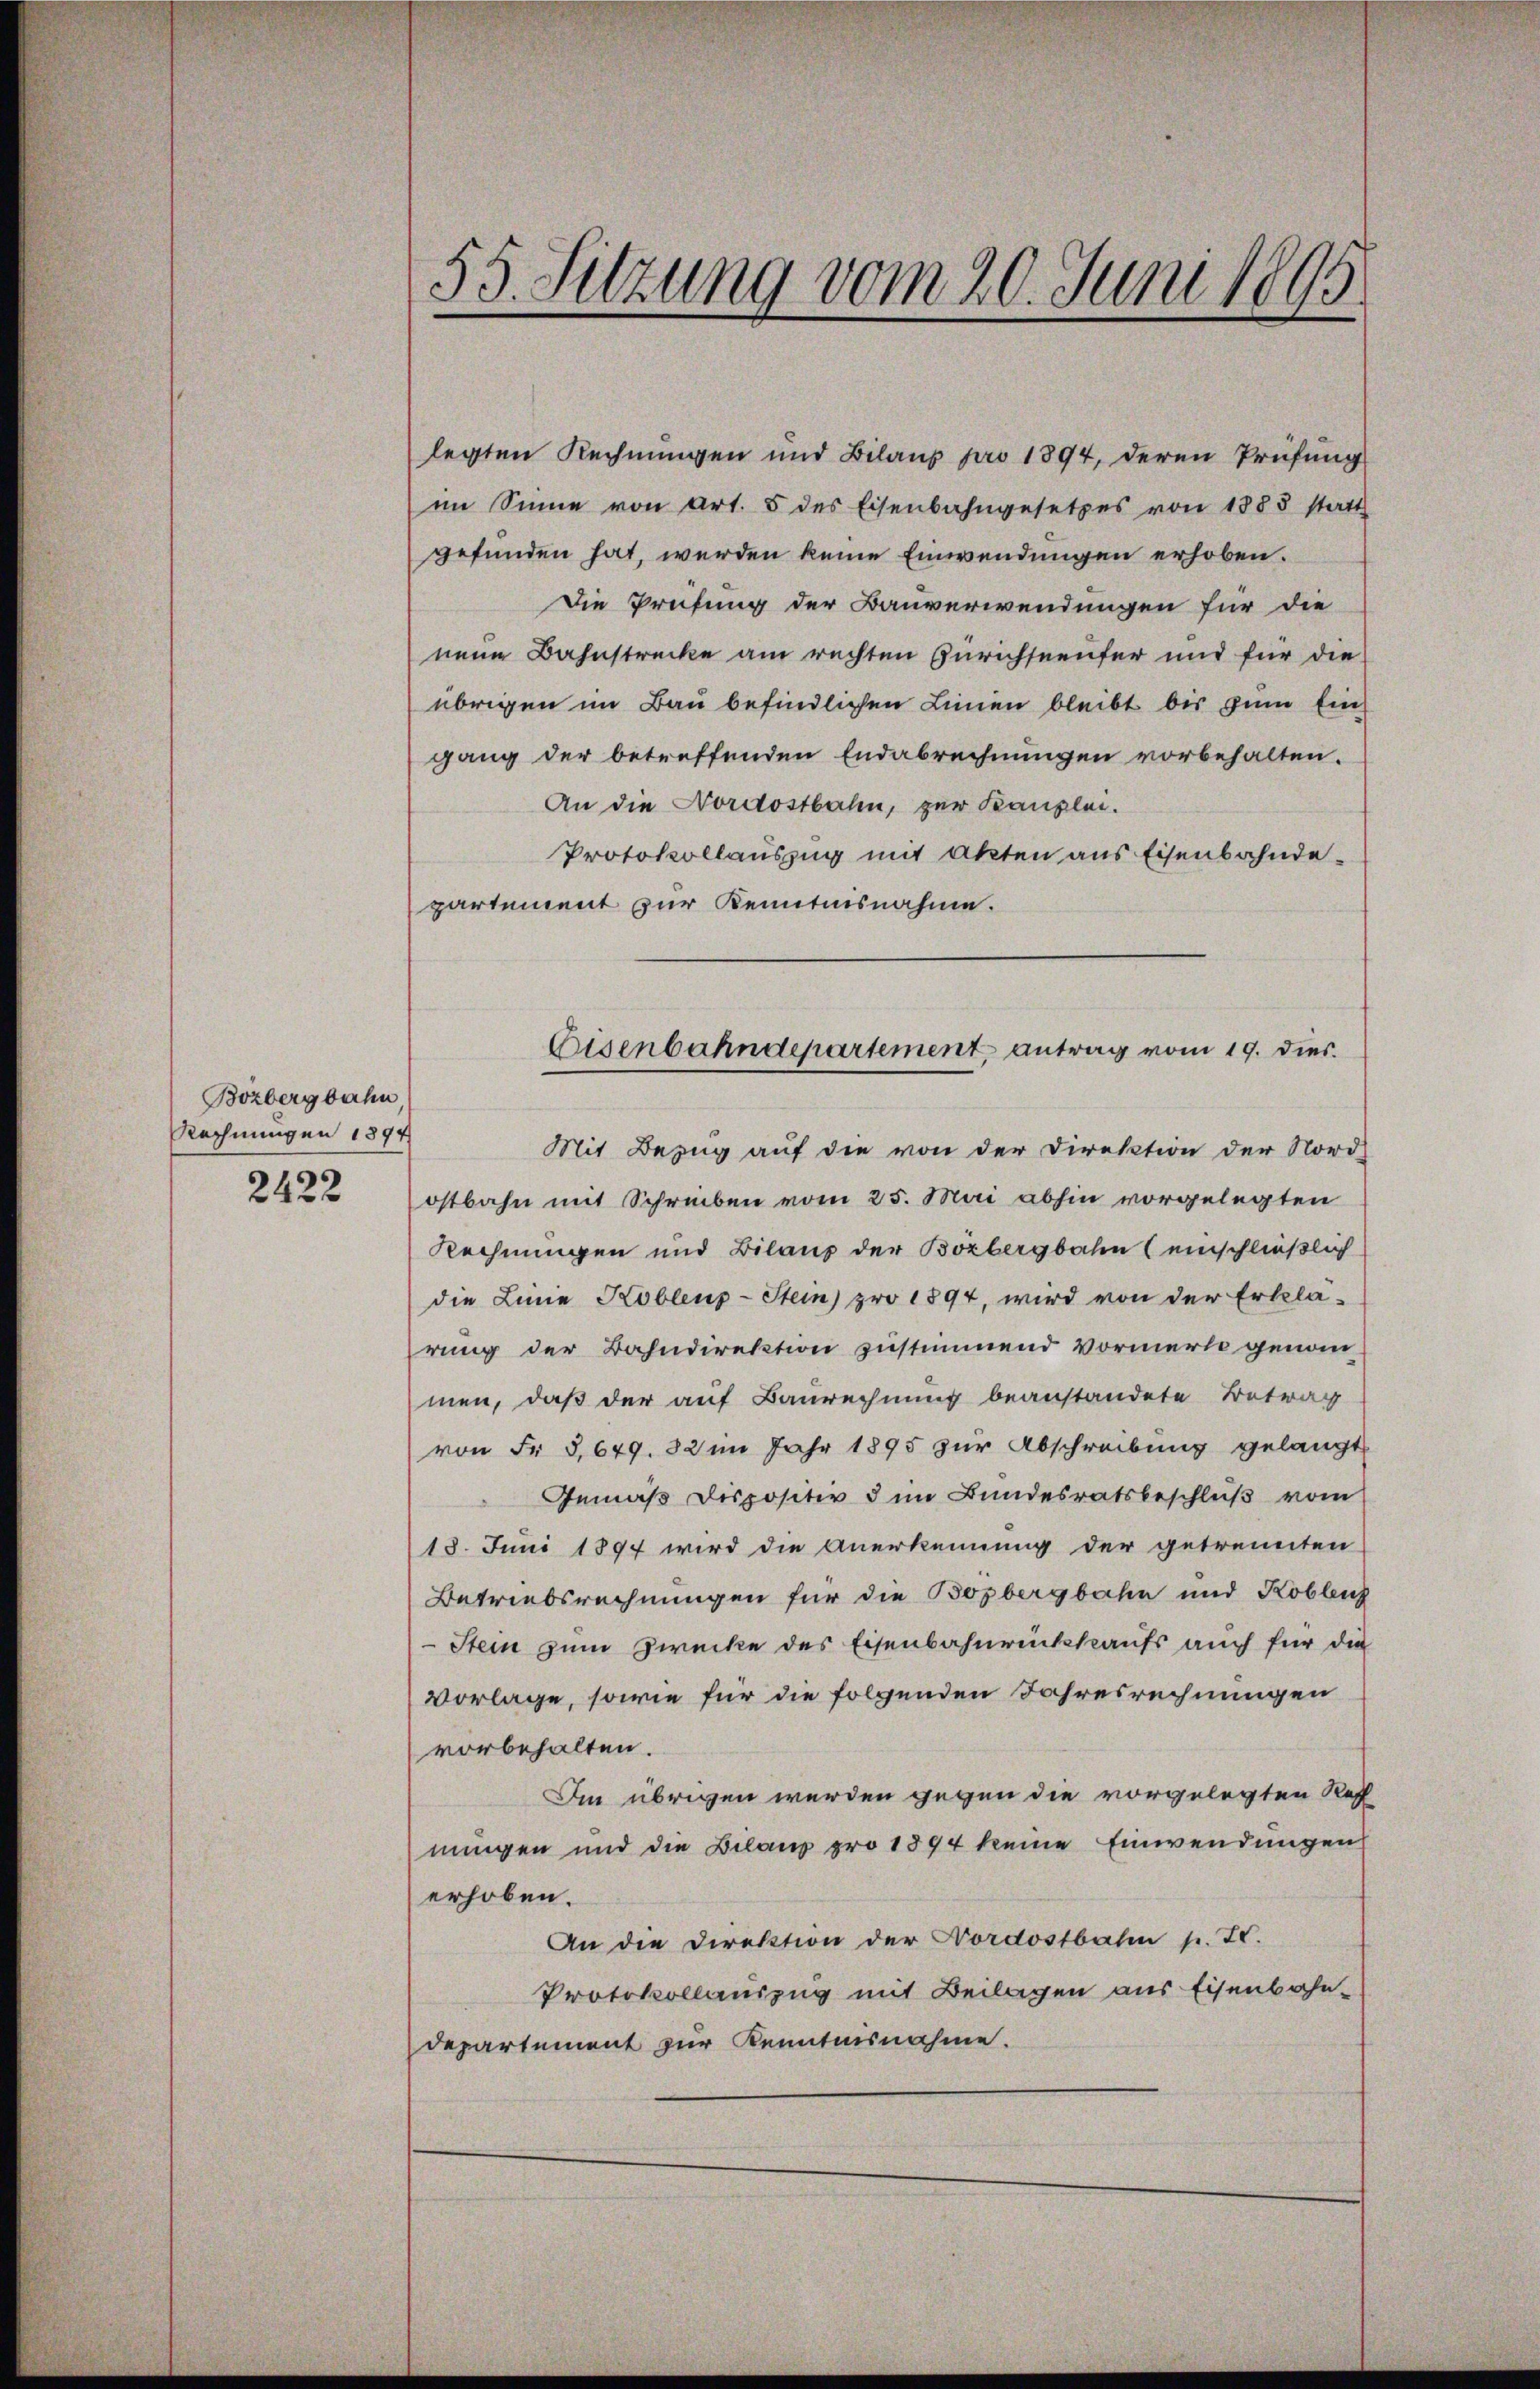
Bozbergbahn,
Rechnungen 1894

2422

55. Sitzung vom 20. Juni 1895

legten Rechnungen und Bilans pro 1894, deren Prüfung
im Sinne von Art. 5 des Eisenbahngesetzes von 1883 statt
gefunden hat, werden keine Einwendungen erhoben.
Die Prüfung der Bauverwendungen für die
nem Bahnstrecke am rechten Zürichseeufer und für die
übrigen im Bau befindlichen Linien bleibt bis zum Eingang der betreffenden Endabrechnungen vorbehalten.
An die Nordostbahn, zur Kanzlei.
Protokollauszug mit Akten aus Eisenbahndepartement zur Kenntnisnahme.
Mit Bezug auf die von der Direktion der Nord
ostbahn mit Schreiben vom 25. Mai abhin vorgelegten
Rechnungen und Bilanz der Bozbergbahn (einschließlich
die Linie Hoblenz-Stein) pro 1894, wird von der Erklä-
rung der Bahndirektion zustimmend Vormerk genomm
men, daß der auf Baurechnung beanstandete Betrag
von Fr. 5,679. 82 im Jahr 1895 zur Abschreibung gelangt
Gemäß Dispositiv dem Bundesratsbeschluß vom
18. Juni 1897 wird die Anerkennung der getrennten
Betriebsrechnungen für die Bozbergbahn und Koblenz
Stein zum Zwecke des Eisenbahnrückkaufs auch für die
vorlage, sowie für die folgenden Jahresrechnungen
vorbehalten.
Im übrigen werden gegen die vorgelegten Ref
nungen und die Bilanz pro 1894 keine Einwendungen
erhoben.
An die Direktion der Nordostbahn p. T.
Protokollauszug mit Beilagen aus Eisenbahn¬
Departement zur Kenntnisnahme.

Eisenbahndepartement, antrag vom 19. dies